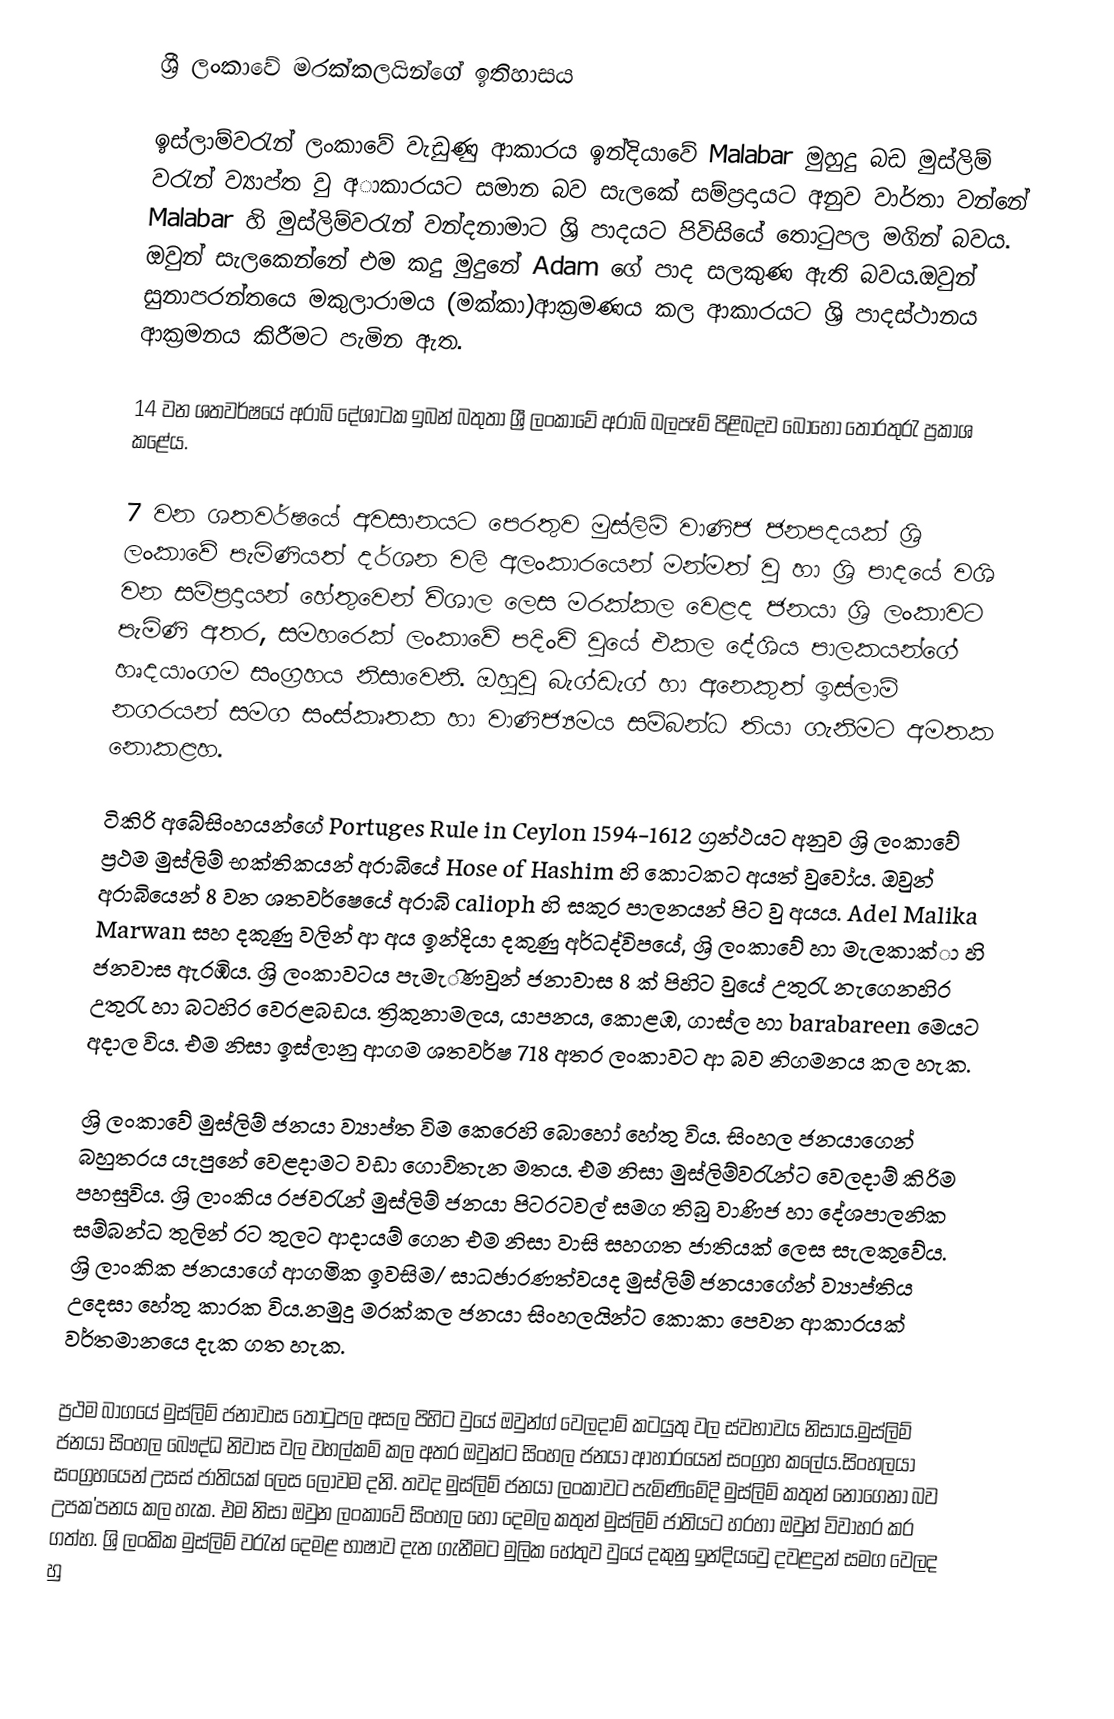
ශ්‍රී ලංකාවේ මරක්කලයින්ගේ ඉතිහාසය

	ඉස්ලාම්වරැන් ලංකාවේ වැඩුණු ආකාරය ඉන්දියාවේ Malabar  මුහුදු බඩ මුස්ලිම් වරැන් ව්‍යාප්ත වු අාකාරයට සමාන බව සැලකේ සම්ප්‍රදායට අනුව වාර්තා වන්නේ Malabar හි මුස්ලිම්වරැන් වන්දනාමාට ශ්‍රි පාදයට පිවිසියේ තොටුපල මගින් බවය. ඔවුන් සැලකෙන්නේ එම කදු මුදුනේ Adam  ගේ පාද සලකුණ ඇති බවය.ඔවුන් සුනාපරන්තයෙ මකුලාරාමය (මක්කා)ආක්‍රමණය කල ආකාරයට ශ්‍රි පාදස්ථානය ආක්‍රමනය කිරීමට පැමින ඇත.

14 වන ශතවර්ෂයේ අරාබි දේශාටක ඉබන් බතුතා ශ්‍රී ලංකාවේ අරාබි බලපෑම් පිළිබදව බොහෝ තොරතුරැ ප්‍රකාශ කළේය.

7 වන ශතවර්ෂයේ අවසානයට පෙරතුව මුස්ලිම් වාණිජ ජනපදයක් ශ්‍රි ලංකාවේ පැමිණියත් දර්ශන වලි අලංකාරයෙන් මන්මත් වු හා ශ්‍රි පාදයේ වශි වන සම්ප්‍රදායන් හේතුවෙන් විශාල ලෙස මරක්කල වෙළද ජනයා ශ්‍රි ලංකාවට පැමි‍ණි අතර, සමහරෙක් ලංකාවේ පදිංචි වුයේ එකල දේශිය පාලකයන්ගේ හෘදයාංගම සංග්‍රහය නිසාවෙනි. ඔහුවු බැග්ඩැග් හා අනෙකුත් ඉස්ලාම් නගරයන් සමග සංස්කෘතක හා වාණිජ්‍යමය සම්බන්ධ‍ තියා ගැනිමට අමතක නොකළහ.

ටිකිරි අබේසිංහයන්ගේ Portuges Rule in Ceylon 1594-1612 ග්‍රන්ථයට අනුව ශ්‍රි ලංකාවේ ප්‍රථම මුස්ලිම් භක්තිකයන් අරාබියේ   Hose of Hashim හි කොටකට අයත් වුවෝය. ඔවුන් අරාබියෙන් 8 වන ශතවර්ෂෙයේ අරාබි  calioph  හි සකුර පාලනයන් පිට වු අයය. Adel Malika Marwan  සහ දකුණු වලින් ආ අය ඉන්දියා දකුණු අර්ධද්විපයේ, ශ්‍රි ලංකාවේ හා මැලකාක්ා හි ජනවාස ඇරඹිය. ශ්‍රි ලංකාවටය පැමැිණවුන් ජනාවාස 8 ක් පිහිට වුයේ උතුරැ නැගෙනහිර උතුරැ හා බටහිර වෙරළබඩය. ත්‍රිකුනාමලය, යාපනය, කොළඹ, ගාස්ල හා barabareen මෙයට අදාල විය. එම නිසා ඉස්ලානු ආගම ශතවර්ෂ 718 අතර ලංකාවට ආ බව නිගමනය කල හැක.

ශ්‍රි ලංකාවේ මුස්ලිම් ජනයා ව්‍යාප්ත විම කෙරෙහි බෙ‍ාහෝ හේතු විය. සිංහල ජනයාගෙන් බහුතරය යැපුනේ වෙළදාමට වඩා ගොවිතැන මතය. එම නිසා මුස්ලිම්වරැන්ට වෙලදාම් කිරිම පහසුවිය. ශ්‍රි ලාංකිය රජවරැන් මුස්ලිම් ජනයා පිටරටවල් සමග තිබු වාණිජ හා දේශපාලනික සම්බන්ධ තුලින් රට තුලට ආදායම් ගෙන එම නිසා වාසි සහගත ජාතියක් ලෙස සැලකුවේය. ශ්‍රි ලාංකික ජනයාගේ ආගමික ඉවසිම/ සාධඡාරණත්වයද මුස්ලිම් ජනයාගේන් ව්‍යාප්තිය උදෙසා හේතු කාරක විය.නමුදු මරක්කල ජනයා සිංහලයින්ට  කොකා පෙවන ආකාරයක් වර්තමානයෙ දැක ගත හැක.

ප්‍රථම බාගයේ මුස්ලිම් ජනාවාස තොටුපල අසල පිහිට වුයේ ඔවුන්ග් වෙලදාම් කටයුතු වල ස්වභාවය නිසාය.මුස්ලිම් ජනයා සිංහල බෞද්ධ නිවාස වල වහල්කම් කල අතර ඔවුන්ට සිංහල ජනයා ආහාරයෙන් සංග්‍රහ කලේය.සිංහලයා සංග්‍රහයෙන් උසස් ජාතියක් ලෙස ලොවම දනි. තවද මුස්ලිම් ජනයා ලංකාවට පැමිණිමේදි මුස්ලිම් කතුන් නොගෙනා බව උපක'පනය කල හැක. එම නිසා ඔවුන ලංකාවේ සිංහල හෝ දෙමල කතුන් මුස්ලිම් ජාතියට හරහා ඔවුන් විවාහර කර ගත්හ. ශ්‍රි ලංකික මුස්ලිම් වරැන් දෙමළ භාෂාව දැන ගැනීමට මුලික හේතුව වුයේ දකුනු ඉන්දියවෙු දවළදුන් සමග වෙලද හු